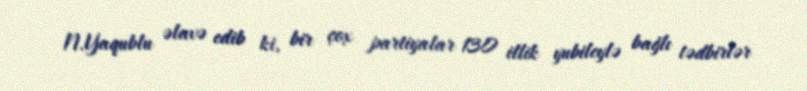
N.Yaqublu əlavə edib ki, bir çox partiyalar 130 illik yubileylə bağlı tədbirlər